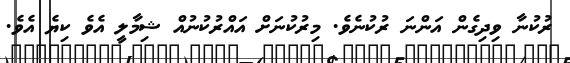
ރުކުނާ ވިދިގެން އަންނަ ރުކުނެވެ. މިރުކުނަށް އައްރުކުނުއް ޝިމާލީ އެވެ ކިޔެ އެވެ.